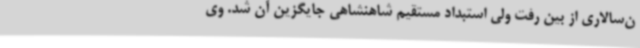
ن‌سالاری از بین رفت ولی استبداد مستقیم شاهنشاهی جایگزین آن شد. وی